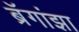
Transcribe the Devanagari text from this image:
ब्रॅगांझा